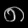
Digit: ၈